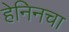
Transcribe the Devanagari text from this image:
हेनिनचा